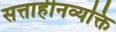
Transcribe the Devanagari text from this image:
सत्ताहीनव्यक्ति